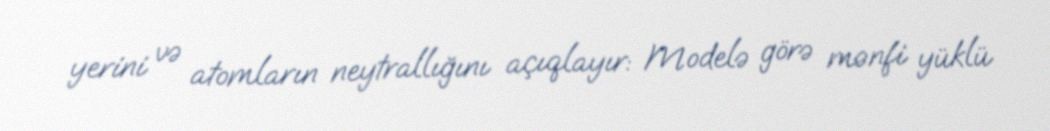
yerini və atomların neytrallığını açıqlayır: Modelə görə mənfi yüklü